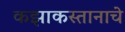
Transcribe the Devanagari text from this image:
कझाकस्तानाचे